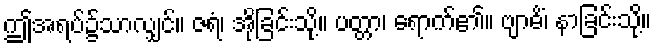
ဤအရပ်၌သာလျှင်။ ဇရံ၊ အိုခြင်းသို့။ ပတ္တာ၊ ရောက်၏။ ဗျာဓိံ၊ နာခြင်းသို့။